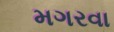
મગરવા